Vaccine operations Central Provinces & Berar 1922-1929 - 1922-1929
Year: 1922
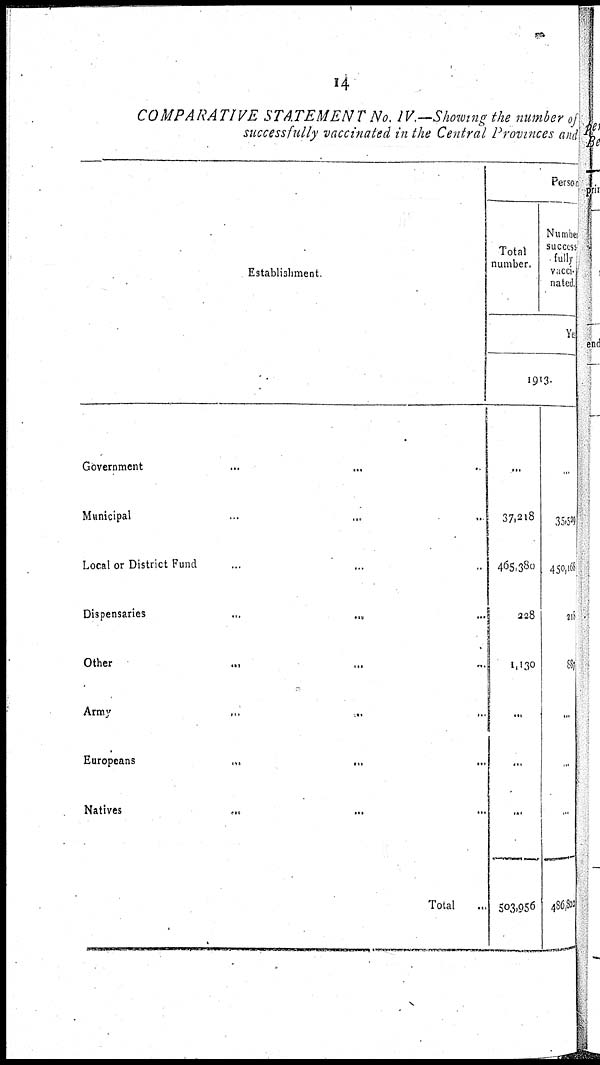
14
COMPARATIVE STATEMENT No. IV.—Showing the number of
successfully vaccinated in the Central Provinces and
Establishment
Government ... ... ...
Municipal ... ... ...
Local or District Fund ... ... ...
Dispensaries ... ... ...
Other ... ... ...
Army
...
...
...
Europeans
...
...
...
Natives
...
...
Total ...
Person
Total
number.
Number
success
fully
vacci-
nated.
Ye
1913.
...
37,218
465,380
228
1,130
...
...
...
503,956
...
35,529
450,168
218
887
...
...
...
486,801